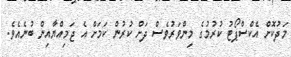
މަދުކޮށް އެކްސްޕޯޓު ކުރުމުގެ މިންވަރުވެސް ދަށް ކުރުން ކަމަށް އެ ޖަމިއްޔާއިން ބުނެއެވެ.